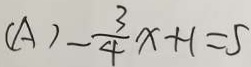
( A ) - \frac { 3 } { 4 } x + 1 = 5